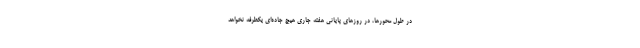
در طول محورها، در روزهای پایانی هفته جاری هیچ جاده‌ای یکطرفه نخواهد